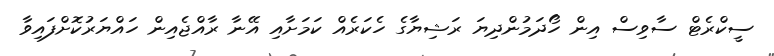
ސީކްރެޓް ސާވިސް އިން ހޯދަމުންދިޔަ ރަޝިޔާގެ ހެކަރެއް ކަމަށާއި އޭނާ ރާއްޖެއިން ހައްޔަރުކޮށްފައިވާ